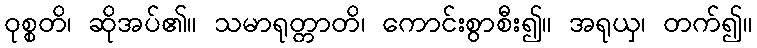
ဝုစ္စတိ၊ ဆိုအပ်၏။ သမာရုတ္တာတိ၊ ကောင်းစွာစီး၍။ အရုယှ၊ တက်၍။